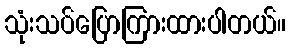
သုံးသပ်ပြောကြားထားပါတယ်။